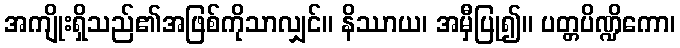
အကျိုးရှိသည်၏အဖြစ်ကိုသာလျှင်။ နိဿာယ၊ အမှီပြု၍။ ပတ္တပိဏ္ဍိကော၊